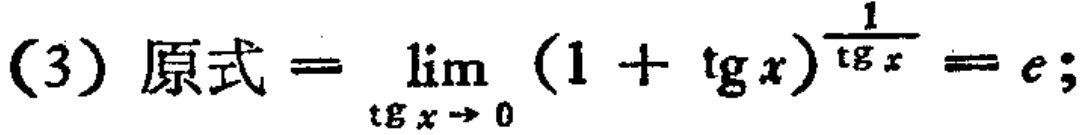
(3) 原式=$\lim_{\tg x \to 0} (1 + \tg x)^{\frac{1}{\tg x}} = e$;